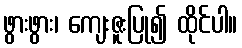
ဖွားဖွား၊ ကျေးဇူးပြု၍ ထိုင်ပါ။